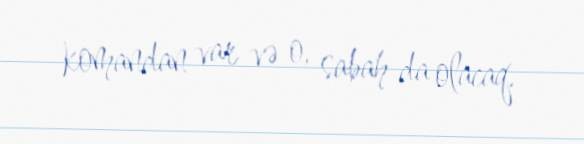
komandan var və o, sabah da olacaq.